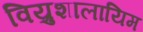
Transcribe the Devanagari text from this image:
विय्रुशालायिम